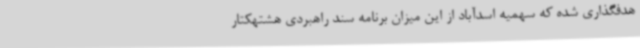
هدفگذاری شده که سهمیه اسدآباد از این میزان برنامه سند راهبردی هشتهکتار